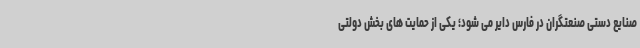
صنایع دستی صنعتگران در فارس دایر می شود؛ یکی از حمایت های بخش دولتی